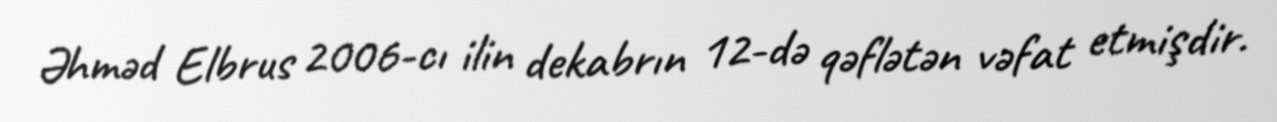
Əhməd Elbrus 2006-cı ilin dekabrın 12-də qəflətən vəfat etmişdir.